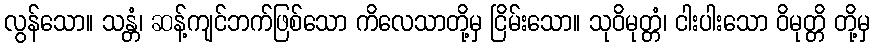
လွန်သော။ သန္တံ၊ ဆန့်ကျင်ဘက်ဖြစ်သော ကိလေသာတို့မှ ငြိမ်းသော။ သုဝိမုတ္တံ၊ ငါးပါးသော ဝိမုတ္တိ တို့မှ